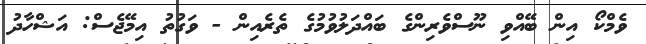
ވެމްކޯ އިން ބޭއްވި ނޫސްވެރިންގެ ބައްދަލުވުމުގެ ތެރެއިން - ވަގުތު އިމޭޖެސް: އަޝްހާދު